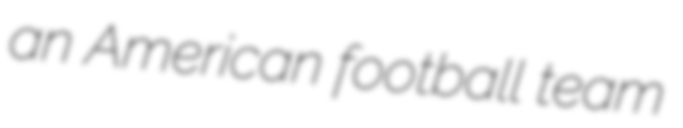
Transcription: an American football team